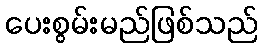
ပေးစွမ်းမည်ဖြစ်သည်